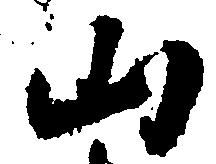
山